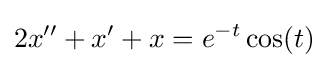
2x''+x'+x=e^{-t}\cos(t)